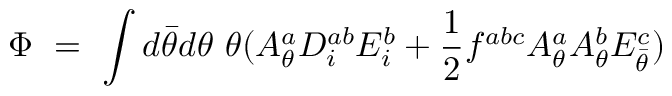
\Phi \ = \ \int d \bar { \theta } d \theta \ \theta ( { \cal A } _ { \theta } ^ { a } { \cal D } _ { i } ^ { a b } { \cal E } _ { i } ^ { b } + \frac { 1 } { 2 } f ^ { a b c } { \cal A } _ { \theta } ^ { a } { \cal A } _ { \theta } ^ { b } { \cal E } _ { \bar { \theta } } ^ { c } )